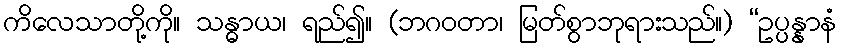
ကိလေသာတို့ကို။ သန္ဓာယ၊ ရည်၍။ (ဘဂဝတာ၊ မြတ်စွာဘုရားသည်။) “ဥပ္ပန္နာနံ